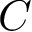
C